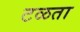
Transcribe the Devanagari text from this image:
टळता